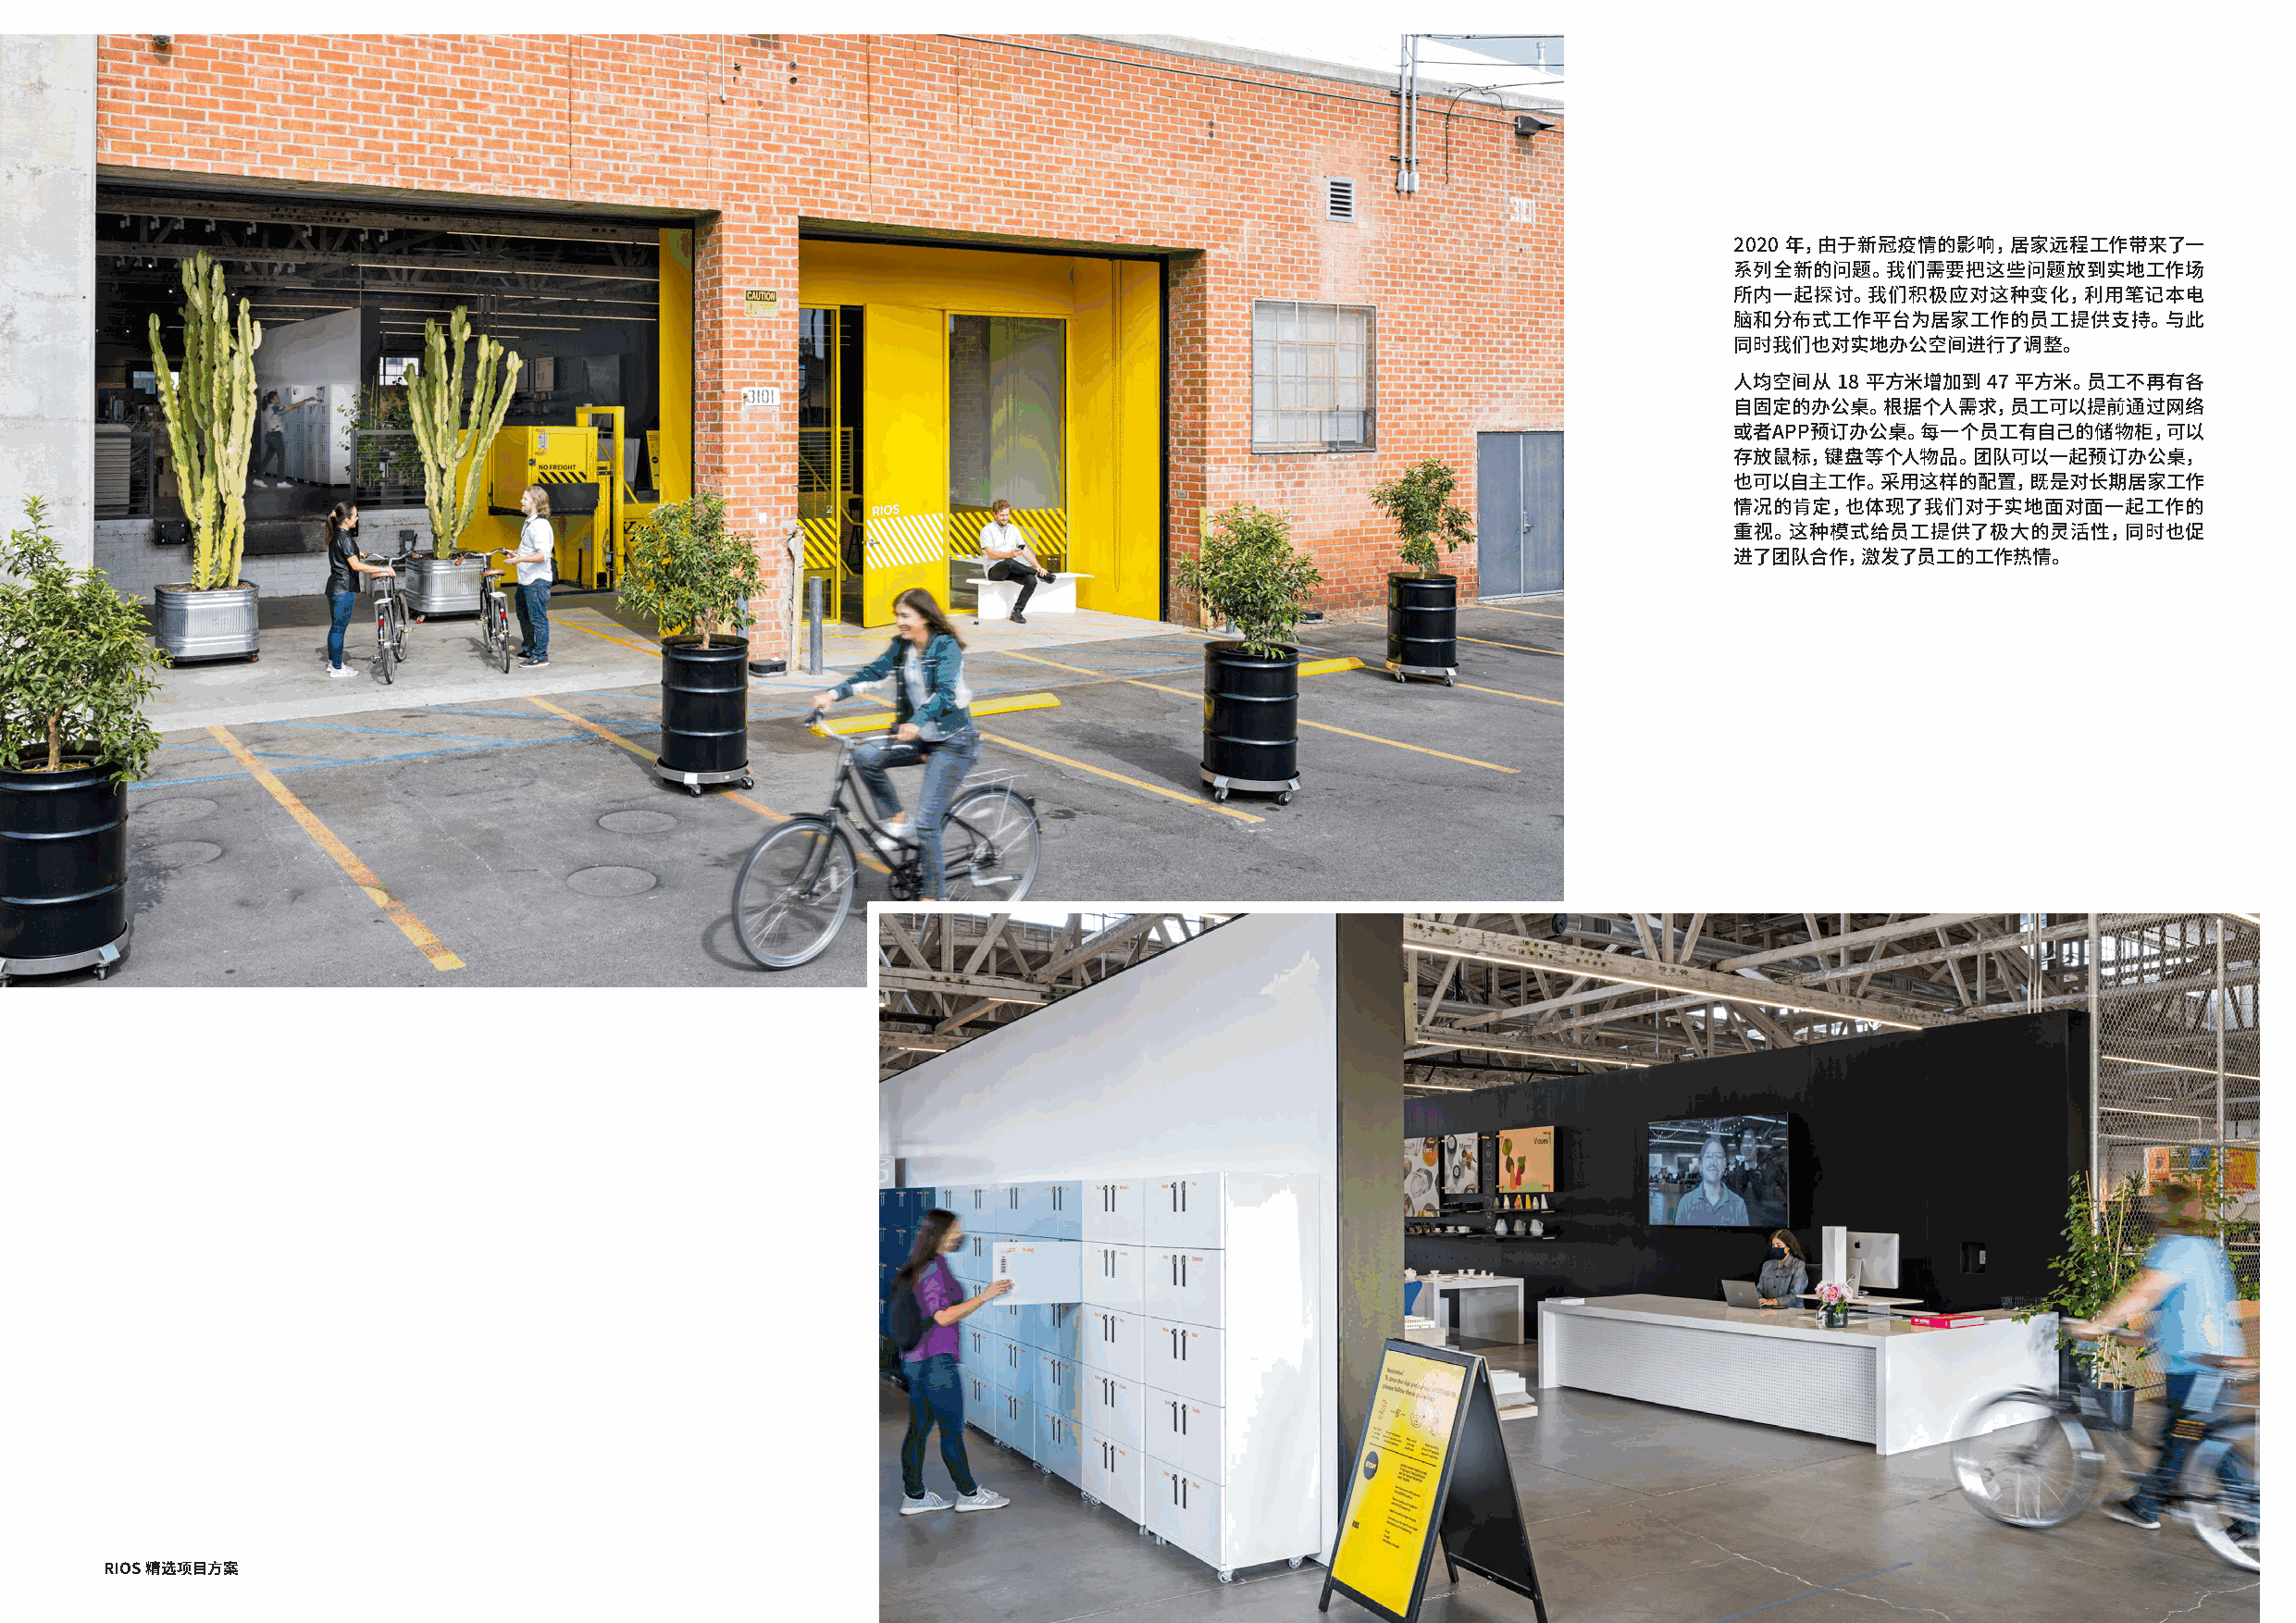
2020 年，由于新冠疫情的影响，居家远程工作带来了一
 系列全新的问题。我们需要把这些问题放到实地工作场
 所内一起探讨。我们积极应对这种变化，利用笔记本电
 脑和分布式工作平台为居家工作的员工提供支持。与此
 同时我们也对实地办公空间进行了调整。
 人均空间从  18 平方米增加到  47 平方米。员工不再有各
 自固定的办公桌。根据个人需求，员工可以提前通过网络
 或者APP预订办公桌。每一个员工有自己的储物柜，可以
 存放鼠标，键盘等个人物品。团队可以一起预订办公桌，
 也可以自主工作。采用这样的配置，既是对长期居家工作
 情况的肯定，也体现了我们对于实地面对面一起工作的
 重视。这种模式给员工提供了极大的灵活性，同时也促
 进了团队合作，激发了员工的工作热情。
 RIOS 精选项目方案                                                                                                                                 RIOS 精选项目方案